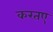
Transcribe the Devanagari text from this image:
करतए